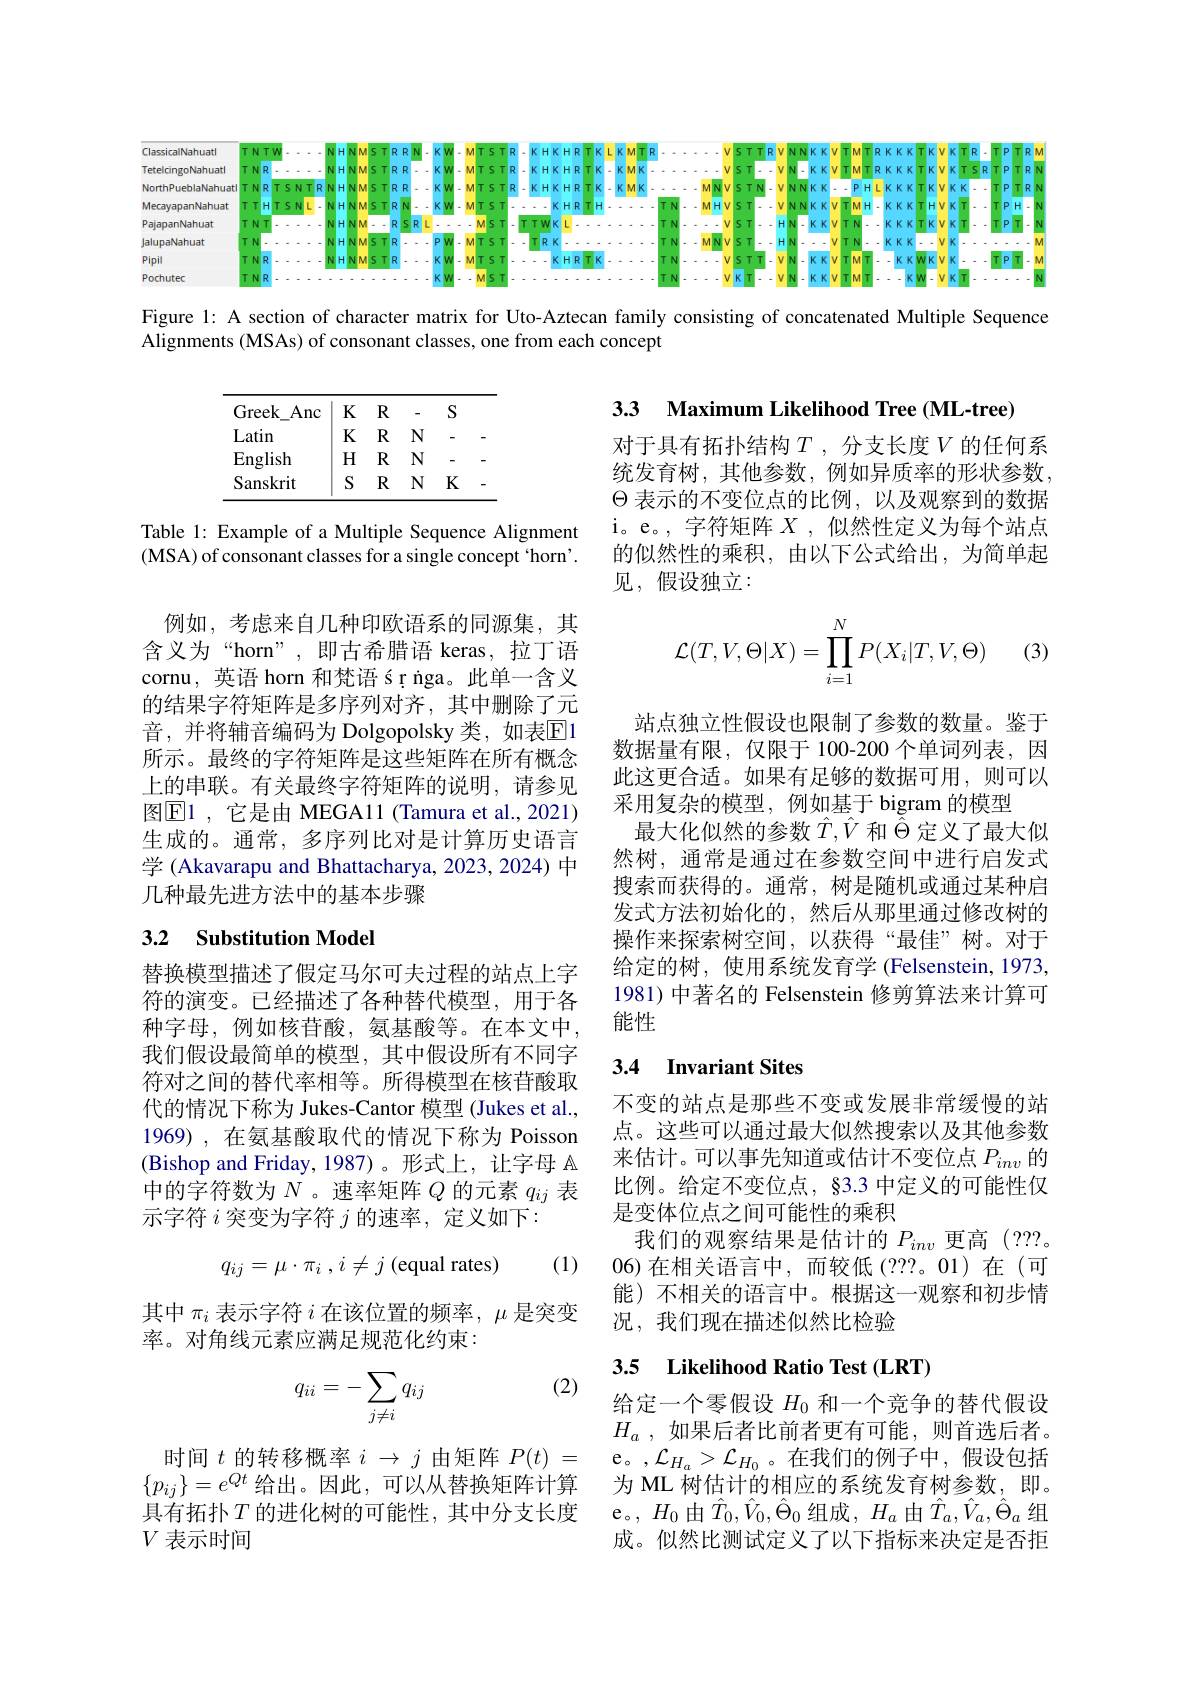
<FigureHere>

Figure 1: A section of character matrix for Uto-Aztecan family consisting of concatenated Multiple Sequence
Alignments (MSAs) of consonant classes, one from each concept

3.3 Maximum Likelihood Tree (ML-tree)

<table>
	<tbody>
		<tr>
			<th>Greek Anc</th>
			<th>K</th>
			<th>$R$</th>
			<th>-</th>
			<th>$S$</th>
			<th> </th>
		</tr>
		<tr>
			<td>Latin</td>
			<td>K</td>
			<td>$R$</td>
			<td>N</td>
			<td>-</td>
			<td> </td>
		</tr>
		<tr>
			<td>English</td>
			<td>H</td>
			<td>$R$</td>
			<td>N</td>
			<td>-</td>
			<td> </td>
		</tr>
		<tr>
			<td>Sanskrit</td>
			<td>$S$</td>
			<td>$R$</td>
			<td>N</td>
			<td>K</td>
			<td> </td>
		</tr>
	</tbody>
</table>

对于具有拓扑结构$T$ ,分支长度$V$的任何系统发育树，其他参数，例如异质率的形状参数， $\Theta$表示的不变位点的比例，以及观察到的数据i。e。,字符矩阵$X$ ,似然性定义为每个站点的似然性的乘积，由以下公式给出，为简单起见，假设独立：

Table 1: Example of a Multiple Sequence Alignment (MSA) of consonant classes for a single concept `horn'.
$$\mathcal{L}(T,V,\Theta|X)=\prod_{i=1}^NP(X_i|T,V,\Theta)$$
(3)

例如，考虑来自几种印欧语系的同源集，其含义为“horn”,即古希腊语 keras,拉丁语cornu, 英语 horn 和梵语 ś r iga。此单一含义的结果字符矩阵是多序列对齐，其中删除了元音，并将辅音编码为 Dolgopolsky 类，如表$\overline{\mathrm{E}}1$ 所示。最终的字符矩阵是这些矩阵在所有概念上的串联。有关最终字符矩阵的说明，请参见图$\overline{\mathbb{E}}$1 ,它是由 MEGA11 (Tamura et al., 2021) 生成的。通常，多序列比对是计算历史语言学 (Akavarapu and Bhattacharya, 2023, 2024) 中几种最先进方法中的基本步骤

站点独立性假设也限制了参数的数量。鉴于数据量有限，仅限于 100-200 个单词列表，因此这更合适。如果有足够的数据可用，则可以采用复杂的模型，例如基于 bigram 的模型
最大化似然的参数$\hat{T},\hat{V}$和$\bar{\hat{\Theta}}$定义了最大似然树，通常是通过在参数空间中进行启发式搜索而获得的。通常，树是随机或通过某种启发式方法初始化的，然后从那里通过修改树的操作来探索树空间，以获得“最佳”树。对于给定的树，使用系统发育学 (Felsenstein,1973. 1981) 中著名的 Felsenstein 修剪算法来计算可能性

# 3.2 Substitution Model

## 3.4 Invariant Sites

替换模型描述了假定马尔可夫过程的站点上字符的演变。已经描述了各种替代模型，用于各种字母，例如核苷酸，氨基酸等。在本文中， 我们假设最简单的模型，其中假设所有不同字符对之间的替代率相等。所得模型在核苷酸取代的情况下称为 Jukes-Cantor 模型 (Jukes et al., 1969) , 在氨基酸取代的情况下称为 Poisson (Bishop and Friday,1987)。形式上，让字母 A 中的字符数为$N$ 。速率矩阵$Q$的元素$q_ij$表示字符$i$突变为字符$j$的速率，定义如下：

不变的站点是那些不变或发展非常缓慢的站点。这些可以通过最大似然搜索以及其他参数来估计。可以事先知道或估计不变位点$P_{inv}$的比例。给定不变位点，83.3 中定义的可能性仅是变体位点之间可能性的乘积
我们的观察结果是估计的$P_{inv}$更高(???。06)在相关语言中，而较低(???。01)在(可能) 不相关的语言中。根据这一观察和初步情况，我们现在描述似然比检验
$$q_{ij}=\mu\cdot\pi_i\:,\:i\neq j$$
(1)

其中$\pi_i$表示字符$i$在该位置的频率，$\mu$是突变
率。对角线元素应满足规范化约束：

## 3.5 Likelihood Ratio Test (LRT)

(2)
$$q_{ii}=-\sum_{j\neq i}q_{ij}$$
给定一个零假设$H_{0}$和一个竞争的替代假设$H_a$ , 如果后者比前者更有可能，则首选后者。e。,$\mathcal{L}_H_a>\mathcal{L}_{H_0}$。在我们的例子中，假设包括为 ML 树估计的相应的系统发育树参数，即。e。, $H_0$由$\hat{T}_0,\hat{V}_0,\hat{\Theta}_0$组成，$H_a$由$\hat{T}_a,\hat{V}_a,\hat{\Theta}_a$组成。似然比测试定义了以下指标来决定是否拒

时间$t$的转移概率$i\to j$由矩阵$P(t)=$ $\{p_{ij}\}=e^{Qt}$给出。因此，可以从替换矩阵计算具有拓扑$T$的进化树的可能性，其中分支长度$V$表示时间